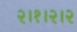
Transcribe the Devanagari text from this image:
२।१।२।२